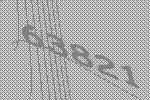
63821